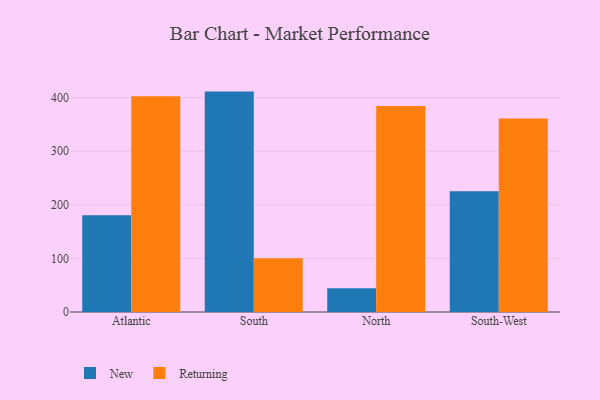
{"axis": {"x": "Region", "y": "Humidity (%)"}, "legend": ["New", "Returning"], "data": [{"x": "Atlantic", "y": 180.3, "type": "New"}, {"x": "Atlantic", "y": 402.5, "type": "Returning"}, {"x": "South", "y": 411.2, "type": "New"}, {"x": "South", "y": 100.2, "type": "Returning"}, {"x": "North", "y": 44.3, "type": "New"}, {"x": "North", "y": 384.5, "type": "Returning"}, {"x": "South-West", "y": 225.2, "type": "New"}, {"x": "South-West", "y": 361.1, "type": "Returning"}]}